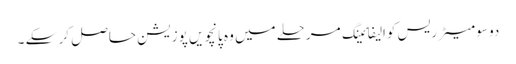
دو سو میٹر ریس کوالیفائینگ مرحلے میں وہ پانچویں پوزیشن حاصل کر سکے ۔